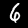
Digit: 6